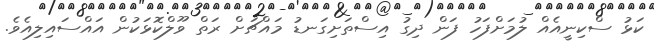
ކަޅު ސްކިނީއެއް ލުމަށްފަހު ފަން ދިގު އިސްތަށިގަނޑު މައްޗަށް ރަތް ވޫލްކޮޅަކުން އައްސައިލިއެވެ.